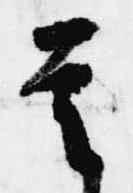
是